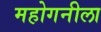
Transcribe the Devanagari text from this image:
महोगनीला